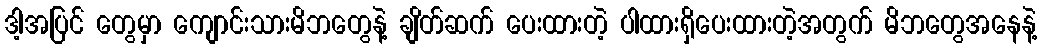
ဒါ့အပြင် တွေမှာ ကျောင်းသားမိဘတွေနဲ့ ချိတ်ဆက် ပေးထားတဲ့ ပါထားရှိပေးထားတဲ့အတွက် မိဘတွေအနေနဲ့